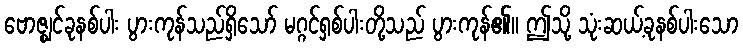
ဗောဇ္ဈင်ခုနစ်ပါး ပွားကုန်သည်ရှိသော် မဂ္ဂင်ရှစ်ပါးတို့သည် ပွားကုန်၏။ ဤသို့ သုံးဆယ့်ခုနစ်ပါးသော